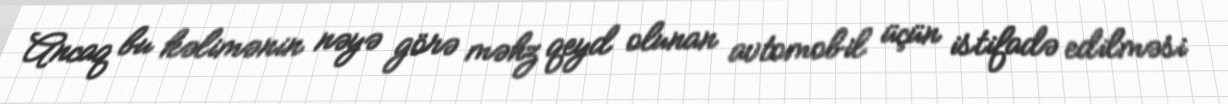
Ancaq bu kəlimənin nəyə görə məhz qeyd olunan avtomobil üçün istifadə edilməsi